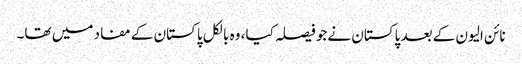
نائن الیون کے بعد پاکستان نےجو فیصلہ کیا، وہ بالکل پاکستان کے مفاد میں تھا۔